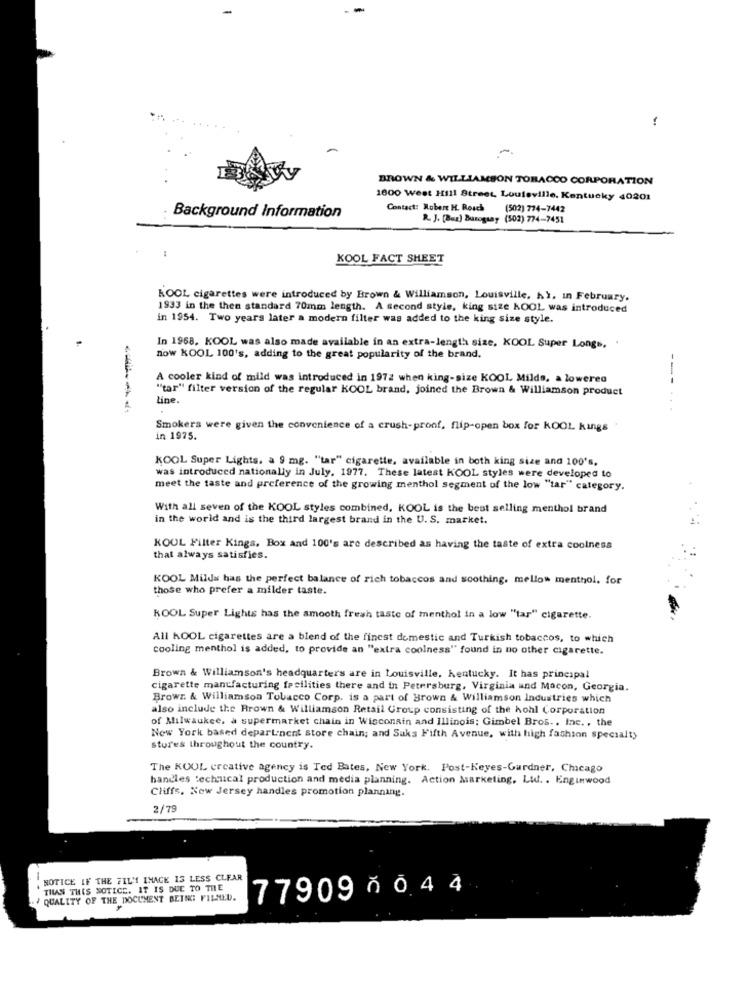
-
-
BROWN & WILLIAMSON TOBACCO CORPORATION
1600 West Hill Street, Louisville, Kentucky 40201
Contact: Robert H. Rosch
(502) 774-7442
Background Information
R. J. [Bez) Buzogsay (502) 774-7451
KOOL FACT SHEET
KOOL cigarettes were introduced by Brown & Williamson, Louisville, hi, in February.
1933 in the then standard 70mm length. A second style, king size KOOL was introduced
in 1954. Two years later a modern filter was added to the king size style.
In 1968, KOOL was also made available in an extra-length size. KOOL Super Longs, .
now KOOL 100's, adding to the great popularity of the brand.
A cooler kind of mild was introduced in 1972 when king-size KOOL Milds, a lowered
"tar" filter version of the regular KOOL brand, joined the Brown & Williamson product
Line.
---
----.
Smokers were given the convenience of a crush-proof, flip-open box for KOOL kings
in 1975.
KOOL Super Lights, a 9 mg. "tar" cigarette, available in both king size and 100's,
was introduced nationally in July, 1977. These latest KOOL styles were developed to
meet the taste and preference of the growing menthol segment of the low "tar" category.
With all seven of the KOOL styles combined, KOOL is the best selling menthol brand
in the world and is the third largest brand in the U. S. market.
KOOL Filter Kings, Box and 100's are described as having the taste of extra coolness
that always satisfies.
KOOL Milds has the perfect balance of rich tobaccos and soothing, mellow menthol, for
those who prefer a milder taste.
KOOL Super Lights has the smooth fresh taste of menthol in a low "tar" cigarette.
All KOOL cigarettes are a blend of the finest domestic and Turkish tobaccos, to which
cooling menthol is added, to provide an "extra coolness" found in no other cigarette.
Brown & Williamson's headquarters are in Louisville, Kentucky. It has principal
cigarette manufacturing facilities there and in Petersburg, Virginia and Macon, Georgia.
Browr. & Williamson Tobacco Corp. is a part of Brown & Williamson Industries which
also include the Brown & Williamson Retail Group consisting of the hohl Corporation
of Milwaukee, a supermarket chain in Wisconsin and Illinois; Gimbel Bros .. Inc. , the
New York based department store chain; and Saks Fifth Avenue, with high fashion specialty
stures throughout the country.
The KOOL creative agency is Ted Bates, New York. Post-Keyes-Gardner, Chicago
bandles technical production and media planning. Action Marketing, Lidl. . Enginwood
Cliffs, New Jersey handles promotion planning.
2/79
-
NOTICE IF THE FILM INACK 13 LESS CLEAR
THAN THIS NOTICE. IT IS DUE TO THE
QUALITY OF THE DOCUMENT
OCUMENT BEING FILMED.
77909 ň 0 4 4